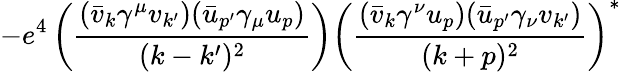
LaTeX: -e^{4}\left({\frac{({\bar{v}}_{k}\gamma^{\mu}v_{k^{\prime}})({\bar{u}}_{p^{\prime}}\gamma_{\mu}u_{p})}{(k-k^{\prime})^{2}}}\right)\left({\frac{({\bar{v}}_{k}\gamma^{\nu}u_{p})({\bar{u}}_{p^{\prime}}\gamma_{\nu}v_{k^{\prime}})}{(k+p)^{2}}}\right)^{*}